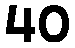
40